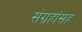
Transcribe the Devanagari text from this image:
संग्रहांसह